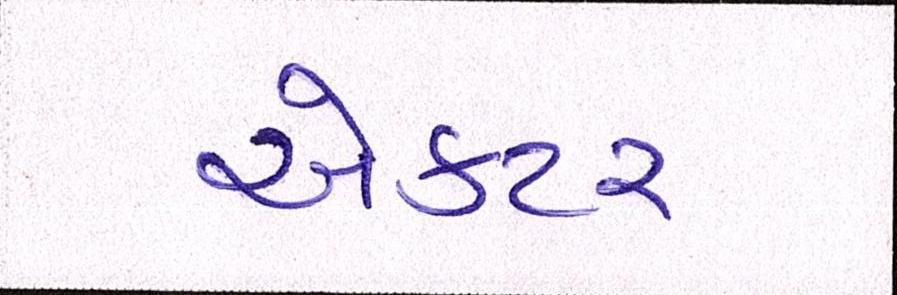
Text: એકટર